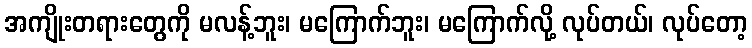
အကျိုးတရားတွေကို မလန့်ဘူး၊ မကြောက်ဘူး၊ မကြောက်လို့ လုပ်တယ်၊ လုပ်တော့